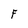
Character: F